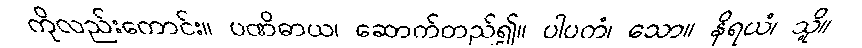
ကိုလည်းကောင်း။ ပဏိဓာယ၊ ဆောက်တည်၍။ ပါပကံ၊ သော။ နိရယံ၊ သို့။